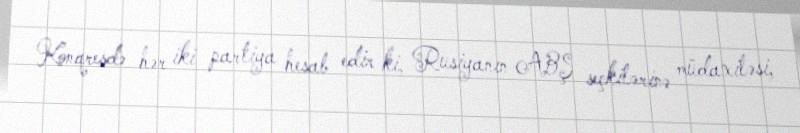
Konqresdə hər iki partiya hesab edir ki, Rusiyanın ABŞ seçkilərinə müdaxiləsi,